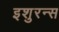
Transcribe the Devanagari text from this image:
इशुरन्स